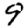
Digit: 9